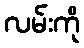
လမ်းကို